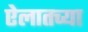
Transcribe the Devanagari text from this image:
ऐलातच्या